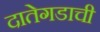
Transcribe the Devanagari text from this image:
दातेगडाची